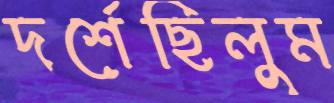
দর্শেছিলুম